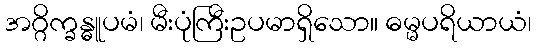
အဂ္ဂိက္ခန္ဓူပမံ၊ မီးပုံကြီးဥပမာရှိသော။ ဓမ္မပရိယာယံ၊